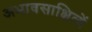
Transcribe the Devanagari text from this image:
अभावसाक्षित्वें